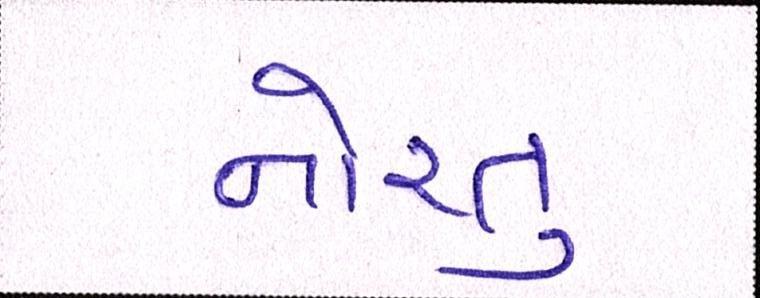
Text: નોરતુ